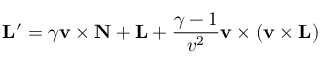
\mathbf { L } ^ { \prime } = \gamma \mathbf { v } \times \mathbf { N } + \mathbf { L } + { \frac { \gamma - 1 } { v ^ { 2 } } } \mathbf { v } \times \left( \mathbf { v } \times \mathbf { L } \right)